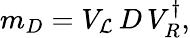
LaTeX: m_{D}=V_{\mathcal{L}}\, D\, V_{R}^{\dagger},